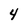
Character: 4